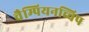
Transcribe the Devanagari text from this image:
चैम्पियनच्चिप